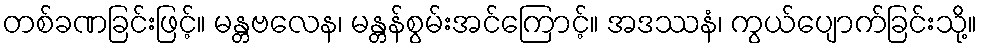
တစ်ခဏခြင်းဖြင့်။ မန္တဗလေန၊ မန္တန်စွမ်းအင်ကြောင့်။ အဒဿနံ၊ ကွယ်ပျောက်ခြင်းသို့။